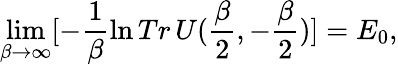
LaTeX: \operatorname*{lim}_{\beta\to\infty}[-\frac{1}{\beta}\ln Tr\, U(\frac{\beta}{2},-\frac{\beta}{2})]=E_{0},